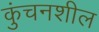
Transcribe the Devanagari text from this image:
कुंचनशील